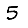
Digit: 5